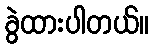
ခွဲထားပါတယ်။